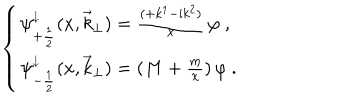
\left\{ \begin{array} { l } { { \psi _ { + \frac { 1 } { 2 } } ^ { \downarrow } ( x , { \vec { k } } _ { \perp } ) = \frac { ( + k ^ { 1 } - { \mathrm i } k ^ { 2 } ) } { x } \, \varphi \ , } } \\ { { \psi _ { - \frac { 1 } { 2 } } ^ { \downarrow } ( x , { \vec { k } } _ { \perp } ) = ( M + \frac { m } { x } ) \, \varphi \ . } } \\ \end{array} \right.